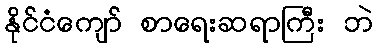
နိုင်ငံကျော် စာရေးဆရာကြီး ဘဲ